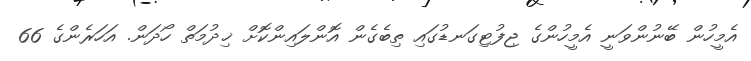
އެމީހުން ބޭނުންވަނީ އެމީހުންގެ ޖިފުޓިގަނޑުގައި ތިބެގެން އޮންލައިންކޮށް ޚިދުމަތް ހޯދަން. އަހަރެންގެ 66